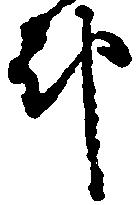
都